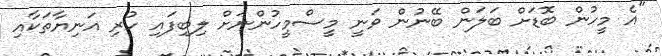
"އެ މީހުން ބޮޑަށް ބަލަން ބޭނުން ވަނީ މީސްމީހުންނަށް ލިބިފައި ހުރި އަނިޔާތަކާއި